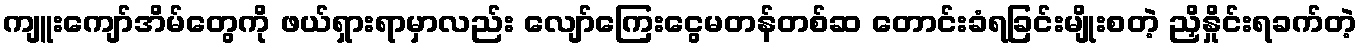
ကျူးကျော်အိမ်တွေကို ဖယ်ရှားရာမှာလည်း လျော်ကြေးငွေမတန်တစ်ဆ တောင်းခံရခြင်းမျိုးစတဲ့ ညှိနှိုင်းရခက်တဲ့